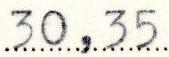
30,35